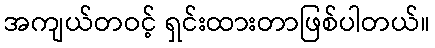
အကျယ်တဝင့် ရှင်းထားတာဖြစ်ပါတယ်။